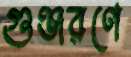
গুঞ্জরণে